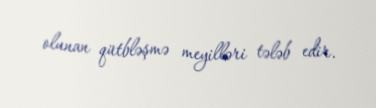
olunan qütbləşmə meyilləri tələb edir.